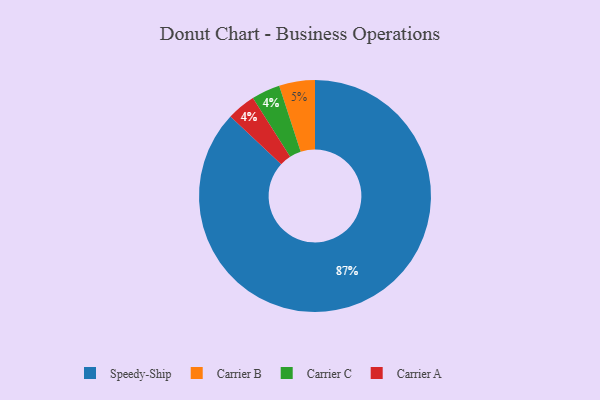
{"axis": {"x": "Category", "y": "Percentage"}, "legend": ["Carrier A", "Carrier B", "Carrier C", "Speedy-Ship"], "data": [{"x": "Carrier C", "y": 4, "type": "Carrier C"}, {"x": "Carrier B", "y": 5, "type": "Carrier B"}, {"x": "Speedy-Ship", "y": 87, "type": "Speedy-Ship"}, {"x": "Carrier A", "y": 4, "type": "Carrier A"}]}